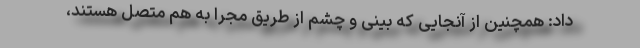
داد: همچنین از آنجایی که بینی و چشم از طریق مجرا به هم متصل هستند،